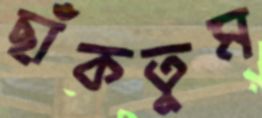
ছাঁকতুম